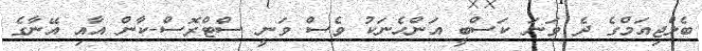
ބެލްޖިއަމްގެ ދެ ވަނަ ކަސްބީ އަންހެނަކު ވެސް ވަނީ ސްޓްރޮސް-ކާން އާއި އޭނާގެ